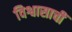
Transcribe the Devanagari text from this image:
विश्वासाचीं